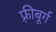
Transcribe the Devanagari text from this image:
फ़्रीबूर्ग